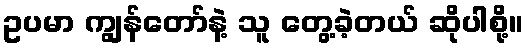
ဥပမာ ကျွန်တော်နဲ့ သူ တွေ့ခဲ့တယ် ဆိုပါစို့။